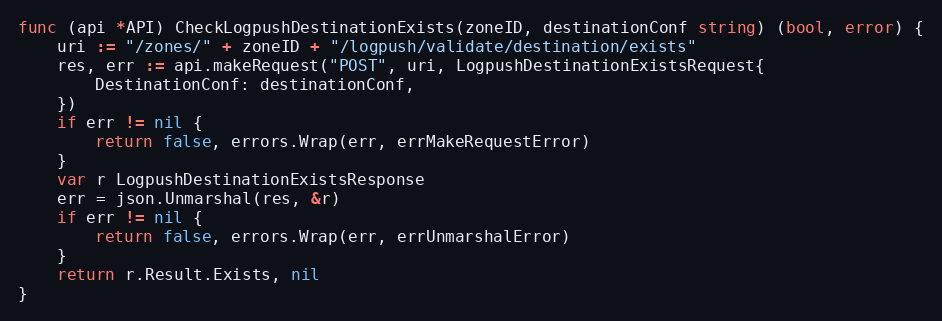
Language: Go
func (api *API) CheckLogpushDestinationExists(zoneID, destinationConf string) (bool, error) {
	uri := "/zones/" + zoneID + "/logpush/validate/destination/exists"
	res, err := api.makeRequest("POST", uri, LogpushDestinationExistsRequest{
		DestinationConf: destinationConf,
	})
	if err != nil {
		return false, errors.Wrap(err, errMakeRequestError)
	}
	var r LogpushDestinationExistsResponse
	err = json.Unmarshal(res, &r)
	if err != nil {
		return false, errors.Wrap(err, errUnmarshalError)
	}
	return r.Result.Exists, nil
}